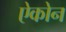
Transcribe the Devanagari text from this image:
ऐकोन